Laidoner,_Johan, lk 139
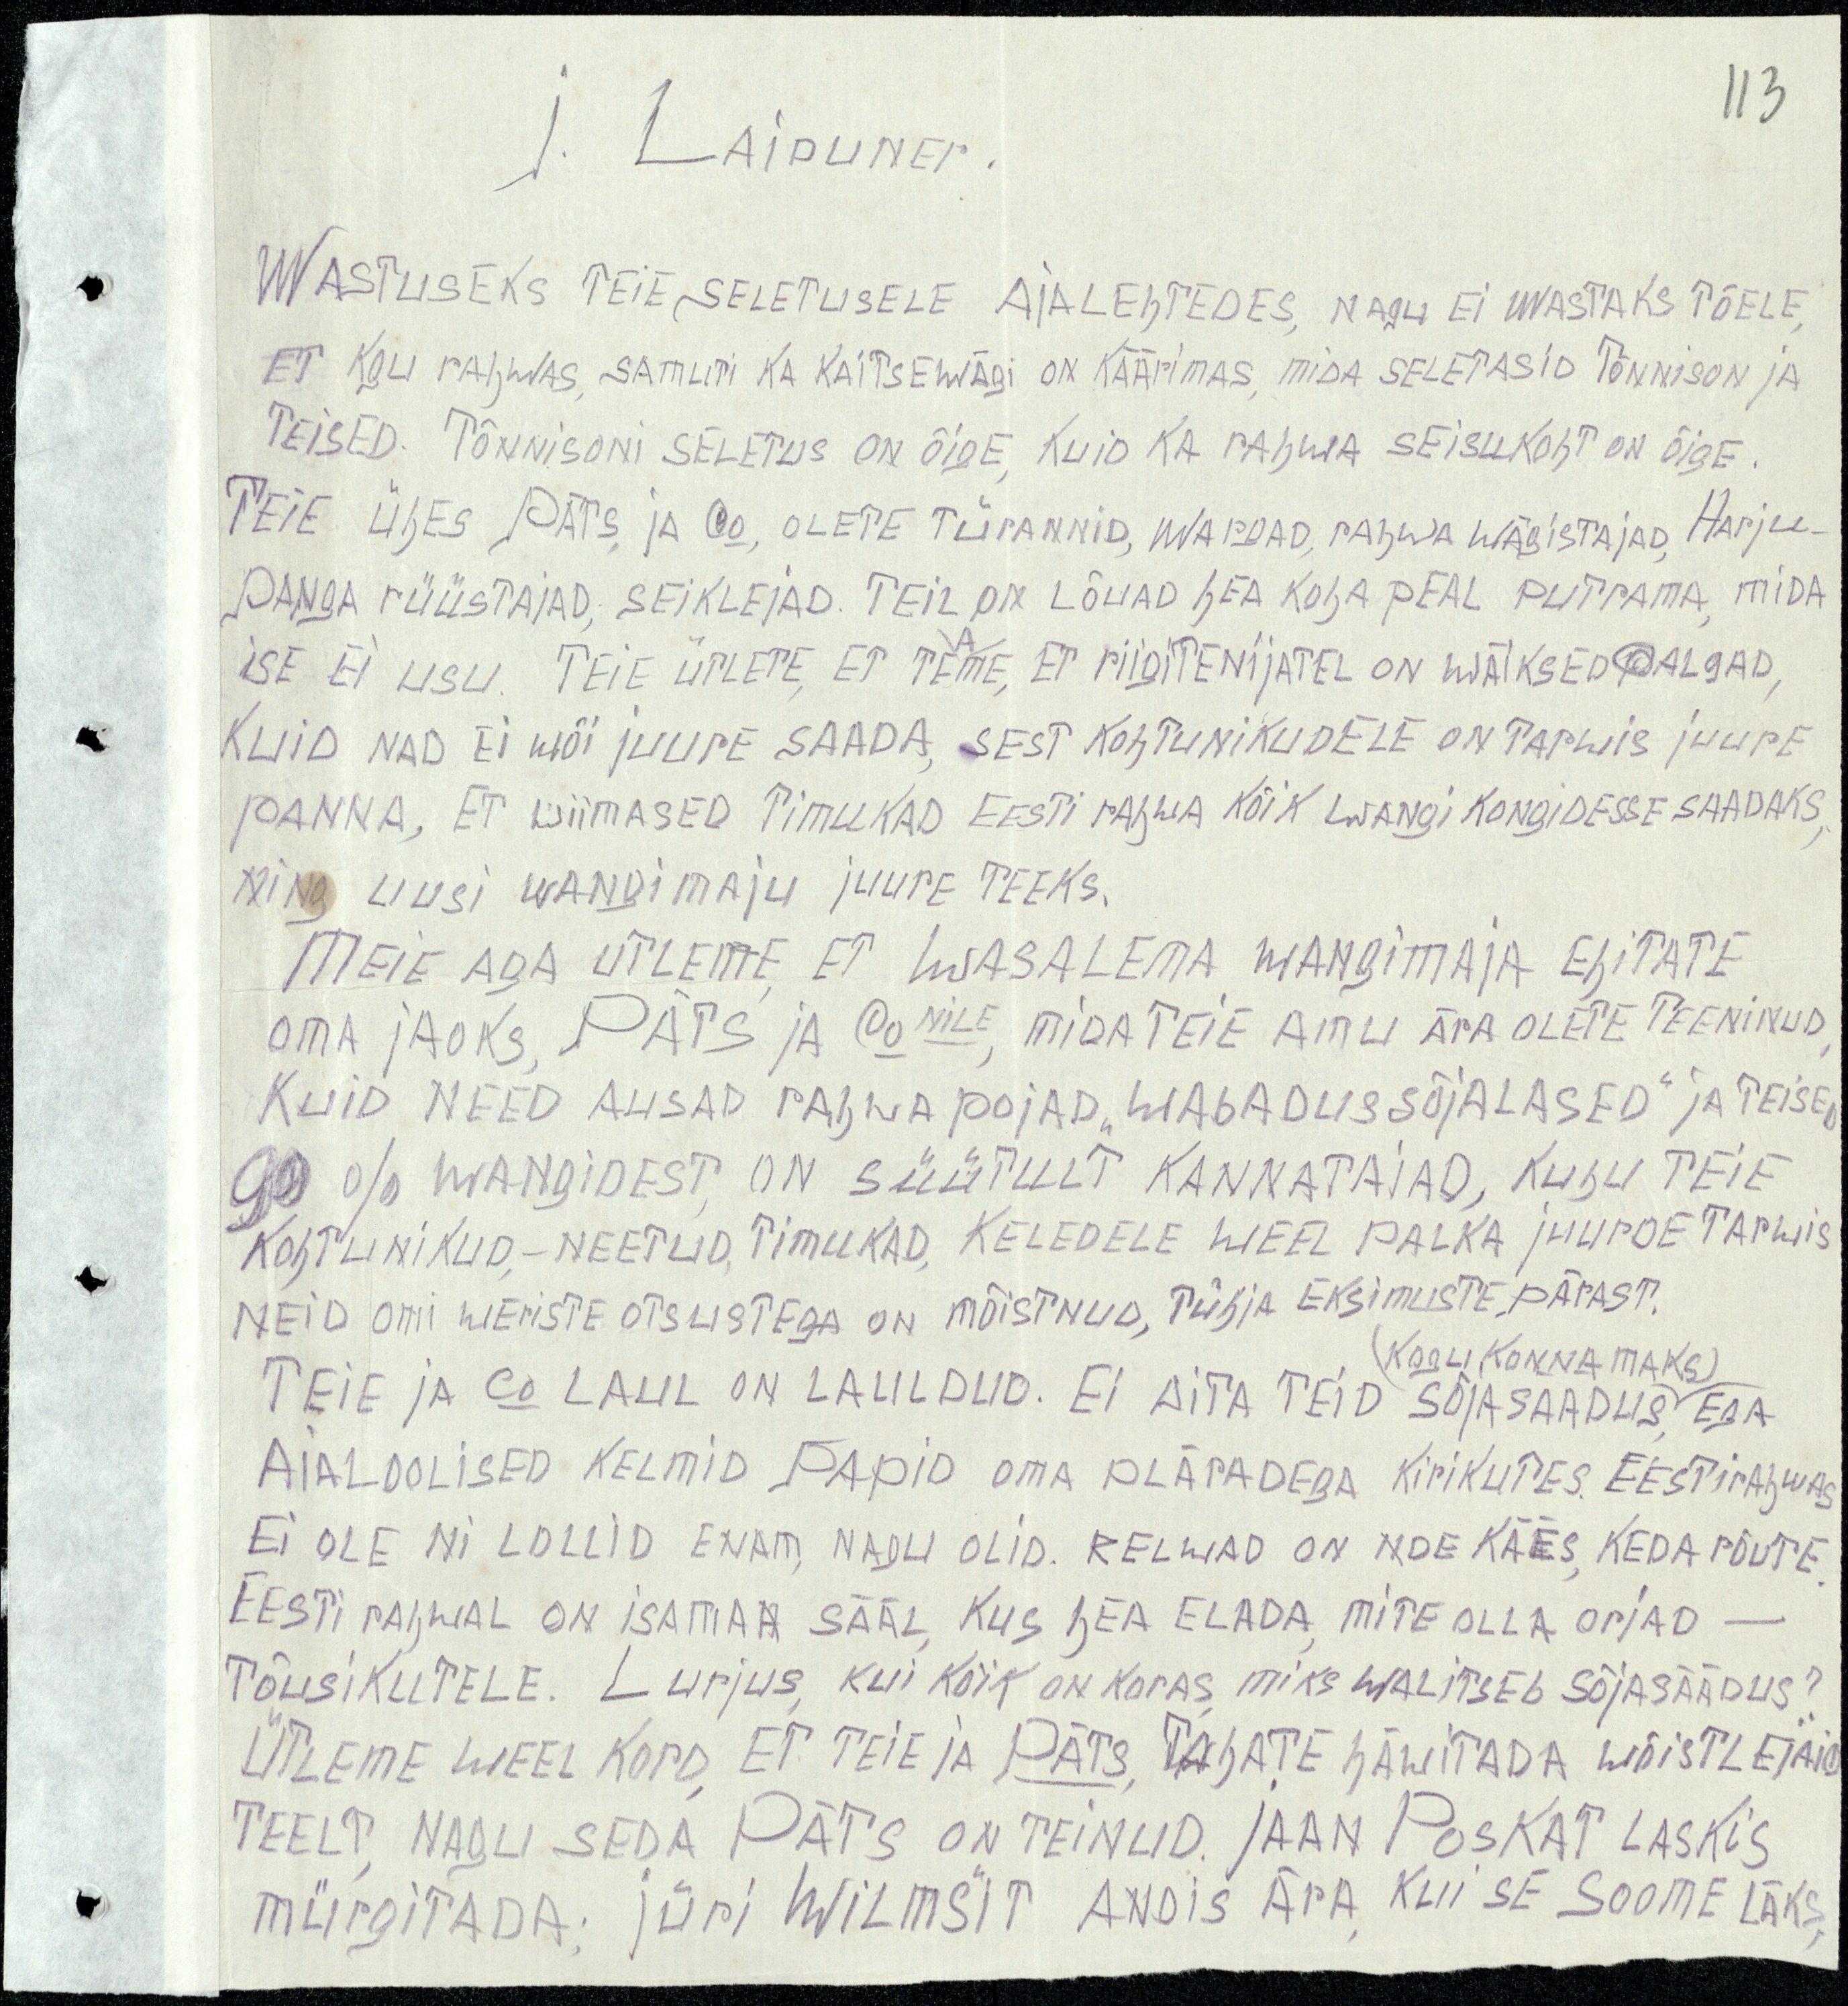
113

J. Laiduner.
Wastuseks Teie seletusele ajalehtedes, nagu ei wastaks tõele,
et koli rahwas, samuti ka kaitsewägi on käärimas, mida seletasid Tõnnison ja
teised. Tõnnisoni seletus on õige, kuid ka rahwa seisukoht on õige.
Teie ühes Päts ja Co, olete türannid, wargad, rahwa wägistajad. Harju-
Panga rüüstajad, seiklejad. Teie on lõuad hea koha peal putrama, mida
ise ei usu. Teie ütlete, et teme, et riigitenijatel on wäiksed palgad,
Kuid nad ei wõi juure saada, sest kohtunikudele on tarwis juure
panna, et wiimased timukad Eesti rahwa kõik wangi kongidesse saadaks,
ning uusi wangimaju juure teeks.
Meie aga ütleme et Wasalema wangimaja ehitate
oma jaoks, Päts ja Conile, mida Teie amu ära olele teeninud
Kuid need ausad rahwapojad "Wabadussõjalased" ja teised
90 % wangidest, on süütult kannataiad, kuhu Teie
kohtunikud, - neetud, timukad, keledele weel palka juurde tarwis
neid omi weriste otsustega on mõistnud, tühja eksimuste pärast.
(Kooli konna maks)
Teie ja Co laul on lauldud. Ei aita teid sõjasaadus, ega
aialoolised kelmid papid oma pläradega kirikutes. Eestirahwas
ei ole ni lollid enam, nagu olid. Relwad on nde käes, keda rõute.
Eesti rahwal on isamaa sääl, kus hea elada, mitte olla orjad -
Tõusikutele. Lurjus, kui kõik on koras, miks walitseb sõjasäädus?
Ütleme weel kord, et teie ja Päts, tahate häwitada wõistlejaid.
Teelt, nagu seda Päts on teinud. Jaan Poskat laskis
mürgitada; Jüri Wilmsit andis ära kui se Soome läks,